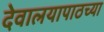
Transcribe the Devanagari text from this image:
देवालयापाठच्या